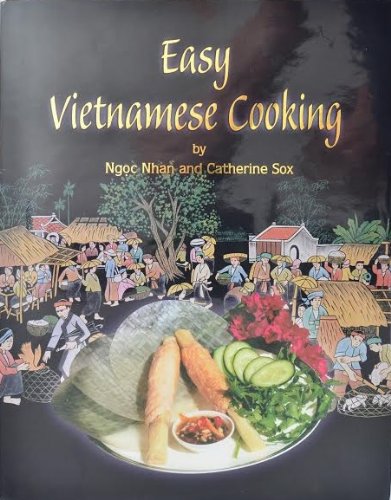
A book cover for Easy Vietnamese Cooking; Ngoc Nhan; Cookbooks, Food & Wine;